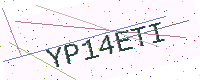
Text: YP14ETI